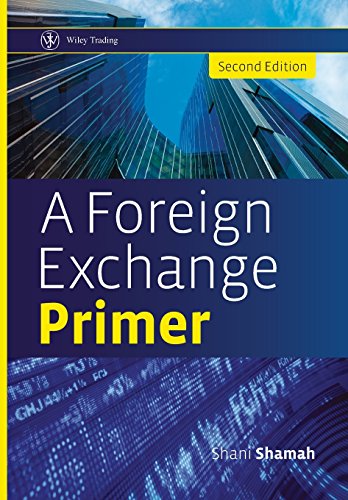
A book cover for A Foreign Exchange Primer; Shani Shamah; Business & Money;